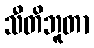
သီတိဘူတာ